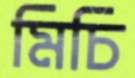
মিচি